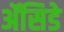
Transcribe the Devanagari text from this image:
ॲसिडे